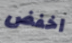
اخفض